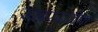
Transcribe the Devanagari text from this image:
खबरदारीचा